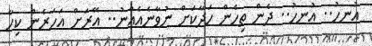
އުނހު.. އުނހު.. ދެން ތިހެން ހަދާކަށް ނުވާނެއެއްނު.. އޭރަށް އަހަރެން ކިހާ